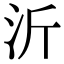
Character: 沂